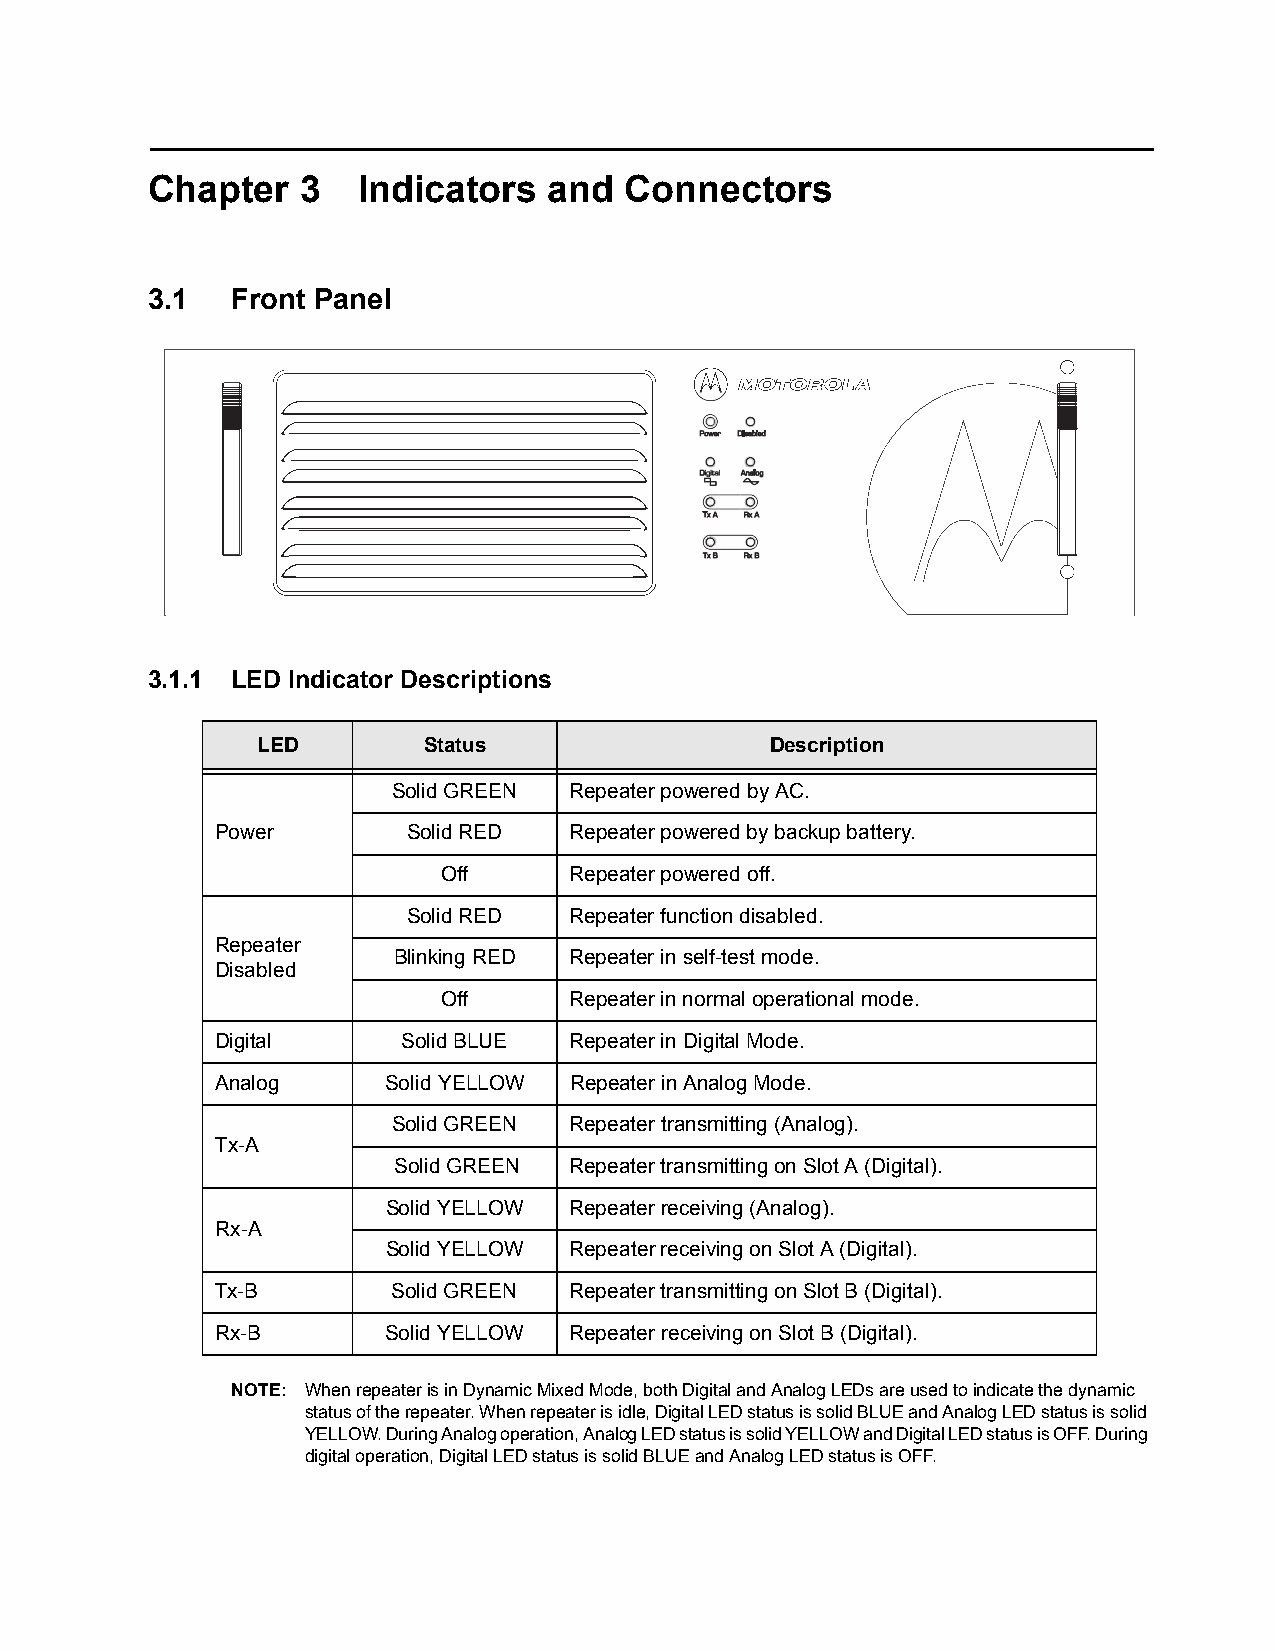
Chapter   3   Indicators  and  Connectors
 3.1  Front Panel
 3.1.1 LED Indicator Descriptions
 LED        Status                 Description
 Solid GREEN Repeater powered by AC.
 Power        Solid RED  Repeater powered by backup battery.
 Off      Repeater powered off.
 Solid RED  Repeater function disabled.
 Repeater
 Blinking RED Repeater in self-test mode.
 Disabled
 Off      Repeater in normal operational mode.
 Digital      Solid BLUE Repeater in Digital Mode.
 Analog      Solid YELLOW Repeater in Analog Mode.
 Solid GREEN Repeater transmitting (Analog).
 Tx-A
 Solid GREEN Repeater transmitting on Slot A (Digital).
 Solid YELLOW Repeater receiving (Analog).
 Rx-A
 Solid YELLOW Repeater receiving on Slot A (Digital).
 Tx-B        Solid GREEN Repeater transmitting on Slot B (Digital).
 Rx-B        Solid YELLOW Repeater receiving on Slot B (Digital).
 NOTE: When repeater is in Dynamic Mixed Mode, both Digital and Analog LEDs are used to indicate the dynamic
 status of the repeater. When repeater is idle, Digital LED status is solid BLUE and Analog LED status is solid
 YELLOW. During Analog operation, Analog LED status is solid YELLOW and Digital LED status is OFF. During
 digital operation, Digital LED status is solid BLUE and Analog LED status is OFF.